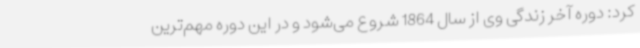
کرد: دوره آخر زندگی وی از سال 1864 شروع می‌شود و در این دوره مهم‌ترین